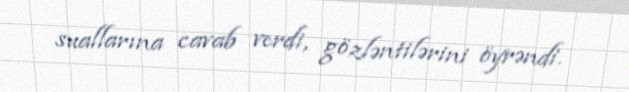
suallarına cavab verdi, gözləntilərini öyrəndi.